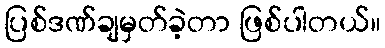
ပြစ်ဒဏ်ချမှတ်ခဲ့တာ ဖြစ်ပါတယ်။